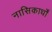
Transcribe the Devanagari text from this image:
नासिकार्धों